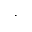
\cdot